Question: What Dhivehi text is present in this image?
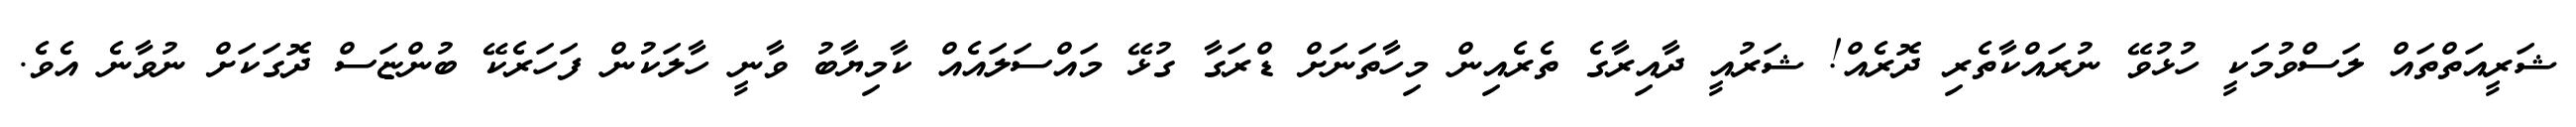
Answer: ޝަރީއަތްތައް ލަސްވުމަކީ ހުޅުވޭ ނުރައްކާތެރި ދޮރެއް! ޝަރުއީ ދާއިރާގެ ތެރެއިން މިހާތަނަށް ޑްރަގާ ގުޅޭ މައްސަލައެއް ކާމިޔާބު ވާނީ ހާލަކުން ފަހަރެކޭ ބުންޏަސް ދޮގަކަށް ނުވާނެ އެވެ.